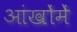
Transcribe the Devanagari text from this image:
आंखोंमें